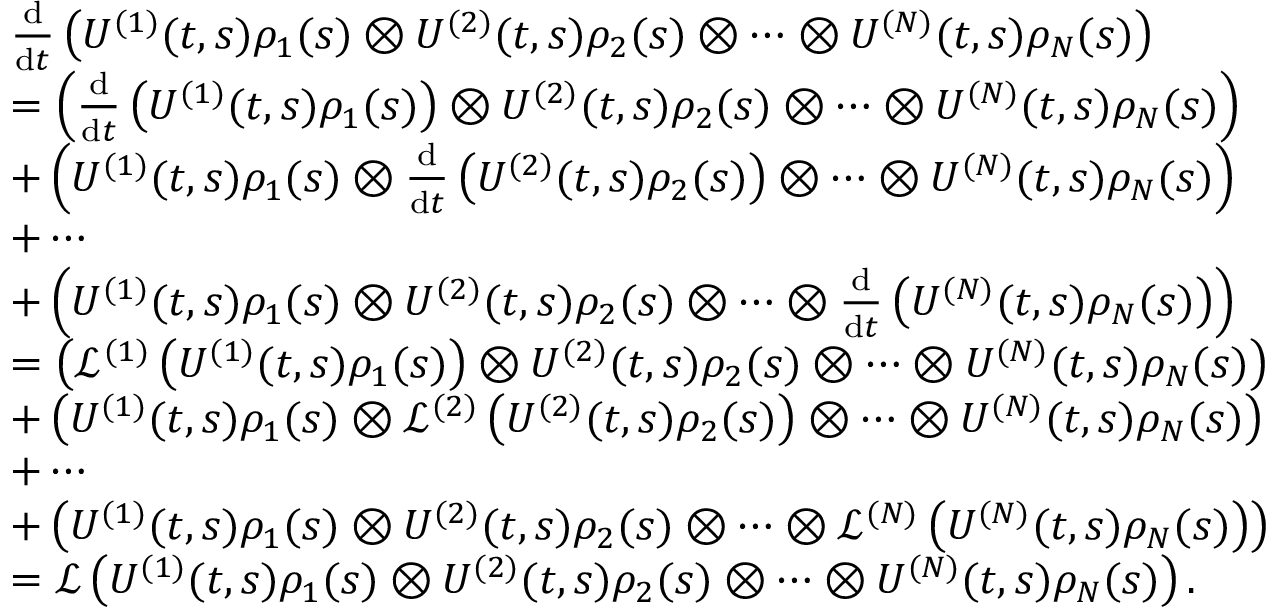
\begin{array} { r l } & { \frac { \mathrm { d } } { \mathrm { d } t } \left( U ^ { ( 1 ) } ( t , s ) \rho _ { 1 } ( s ) \otimes U ^ { ( 2 ) } ( t , s ) \rho _ { 2 } ( s ) \otimes \cdots \otimes U ^ { ( N ) } ( t , s ) \rho _ { N } ( s ) \right) } \\ & { = \left( \frac { \mathrm { d } } { \mathrm { d } t } \left( U ^ { ( 1 ) } ( t , s ) \rho _ { 1 } ( s ) \right) \otimes U ^ { ( 2 ) } ( t , s ) \rho _ { 2 } ( s ) \otimes \cdots \otimes U ^ { ( N ) } ( t , s ) \rho _ { N } ( s ) \right) } \\ & { + \left( U ^ { ( 1 ) } ( t , s ) \rho _ { 1 } ( s ) \otimes \frac { \mathrm { d } } { \mathrm { d } t } \left( U ^ { ( 2 ) } ( t , s ) \rho _ { 2 } ( s ) \right) \otimes \cdots \otimes U ^ { ( N ) } ( t , s ) \rho _ { N } ( s ) \right) } \\ & { + \cdots } \\ & { + \left( U ^ { ( 1 ) } ( t , s ) \rho _ { 1 } ( s ) \otimes U ^ { ( 2 ) } ( t , s ) \rho _ { 2 } ( s ) \otimes \cdots \otimes \frac { \mathrm { d } } { \mathrm { d } t } \left( U ^ { ( N ) } ( t , s ) \rho _ { N } ( s ) \right) \right) } \\ & { = \left( \mathcal { L } ^ { ( 1 ) } \left( U ^ { ( 1 ) } ( t , s ) \rho _ { 1 } ( s ) \right) \otimes U ^ { ( 2 ) } ( t , s ) \rho _ { 2 } ( s ) \otimes \cdots \otimes U ^ { ( N ) } ( t , s ) \rho _ { N } ( s ) \right) } \\ & { + \left( U ^ { ( 1 ) } ( t , s ) \rho _ { 1 } ( s ) \otimes \mathcal { L } ^ { ( 2 ) } \left( U ^ { ( 2 ) } ( t , s ) \rho _ { 2 } ( s ) \right) \otimes \cdots \otimes U ^ { ( N ) } ( t , s ) \rho _ { N } ( s ) \right) } \\ & { + \cdots } \\ & { + \left( U ^ { ( 1 ) } ( t , s ) \rho _ { 1 } ( s ) \otimes U ^ { ( 2 ) } ( t , s ) \rho _ { 2 } ( s ) \otimes \cdots \otimes \mathcal { L } ^ { ( N ) } \left( U ^ { ( N ) } ( t , s ) \rho _ { N } ( s ) \right) \right) } \\ & { = \mathcal { L } \left( U ^ { ( 1 ) } ( t , s ) \rho _ { 1 } ( s ) \otimes U ^ { ( 2 ) } ( t , s ) \rho _ { 2 } ( s ) \otimes \cdots \otimes U ^ { ( N ) } ( t , s ) \rho _ { N } ( s ) \right) . } \end{array}